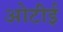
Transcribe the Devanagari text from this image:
ओटीई